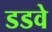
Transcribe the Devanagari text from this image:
डडवे